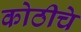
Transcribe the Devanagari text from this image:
कोठीचे